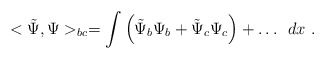
\begin{align*}<\tilde{\Psi},\Psi>_{bc}= \int{\left(\tilde{\Psi}_b \Psi_b + \tilde{\Psi}_c\Psi_c\right) + \dots } \ \ dx \ .\end{align*}